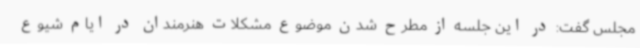
مجلس گفت: در این جلسه از مطرح شدن موضوع مشکلات هنرمندان در ایام شیوع